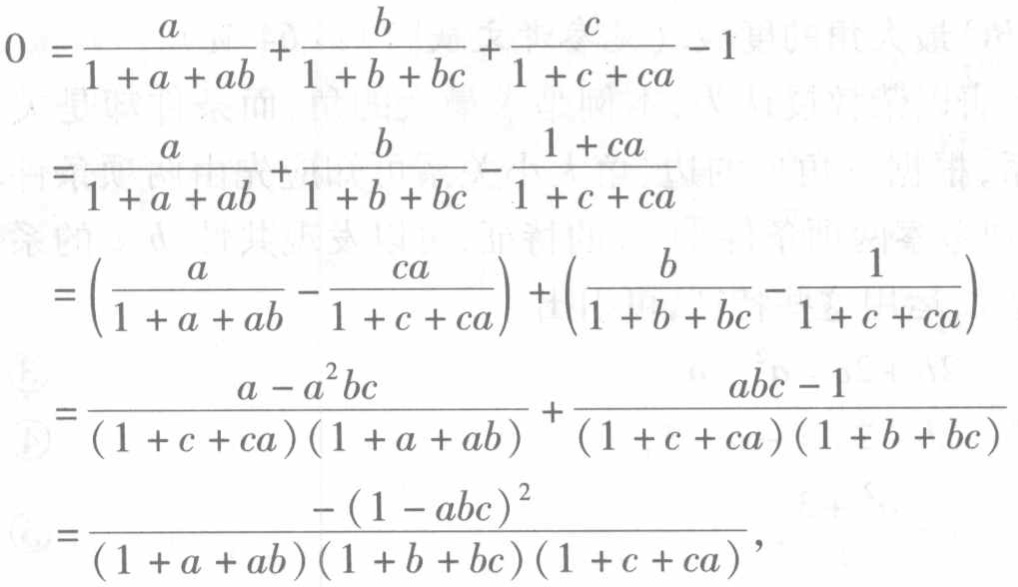
\[
\begin{align*}
0&=\frac{a}{1 + a + ab}+\frac{b}{1 + b + bc}+\frac{c}{1 + c + ca}-1\\
&=\frac{a}{1 + a + ab}+\frac{b}{1 + b + bc}-\frac{1 + ca}{1 + c + ca}\\
&=\left(\frac{a}{1 + a + ab}-\frac{ca}{1 + c + ca}\right)+\left(\frac{b}{1 + b + bc}-\frac{1}{1 + c + ca}\right)\\
&=\frac{a - a^{2}bc}{(1 + c + ca)(1 + a + ab)}+\frac{abc - 1}{(1 + c + ca)(1 + b + bc)}\\
&=\frac{-(1 - abc)^{2}}{(1 + a + ab)(1 + b + bc)(1 + c + ca)},
\end{align*}
\]